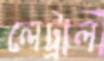
লেট্রাল